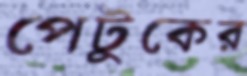
পেটুকের